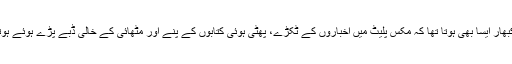
‘‘ کبھی کبھار ایسا بھی ہوتا تھا کہ مکس پلیٹ میں اخباروں کے ٹکڑے، پھٹی ہوئی کتابوں کے پنے اور مٹھائی کے خالی ڈبے پڑے ہوئے ہوتے تھے۔